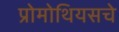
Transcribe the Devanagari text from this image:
प्रोमोथियसचे